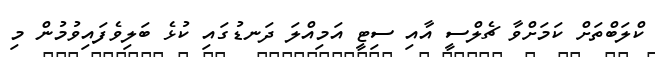
ކްލަބްތަށް ކަމަށްވާ ޗެލްސީ އާއި ސިޓީ އަމިއްލަ ދަނޑުގައި ކުޅެ ބަލިވެފައިވުމުން މި